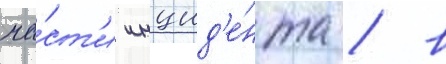
ча́ст'и инцид'е́нта / в